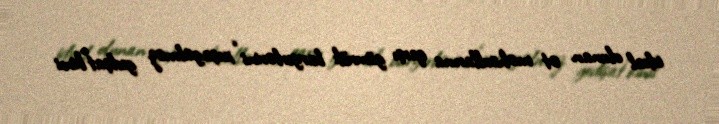
idxal olunan ət məhsullarına qarşı gömrük baryerlərini “xoşagəlməz gedişat”kimi